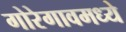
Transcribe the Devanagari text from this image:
गोरेगावमध्ये